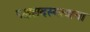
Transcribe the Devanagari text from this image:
पक्षसदस्यत्वाचा